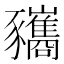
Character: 𧲚